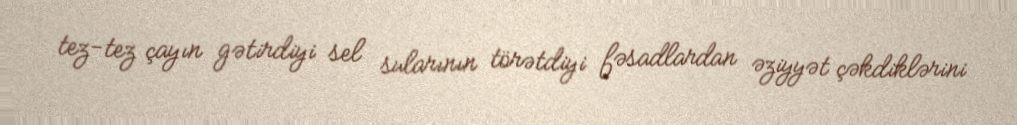
tez-tez çayın gətirdiyi sel sularının törətdiyi fəsadlardan əziyyət çəkdiklərini